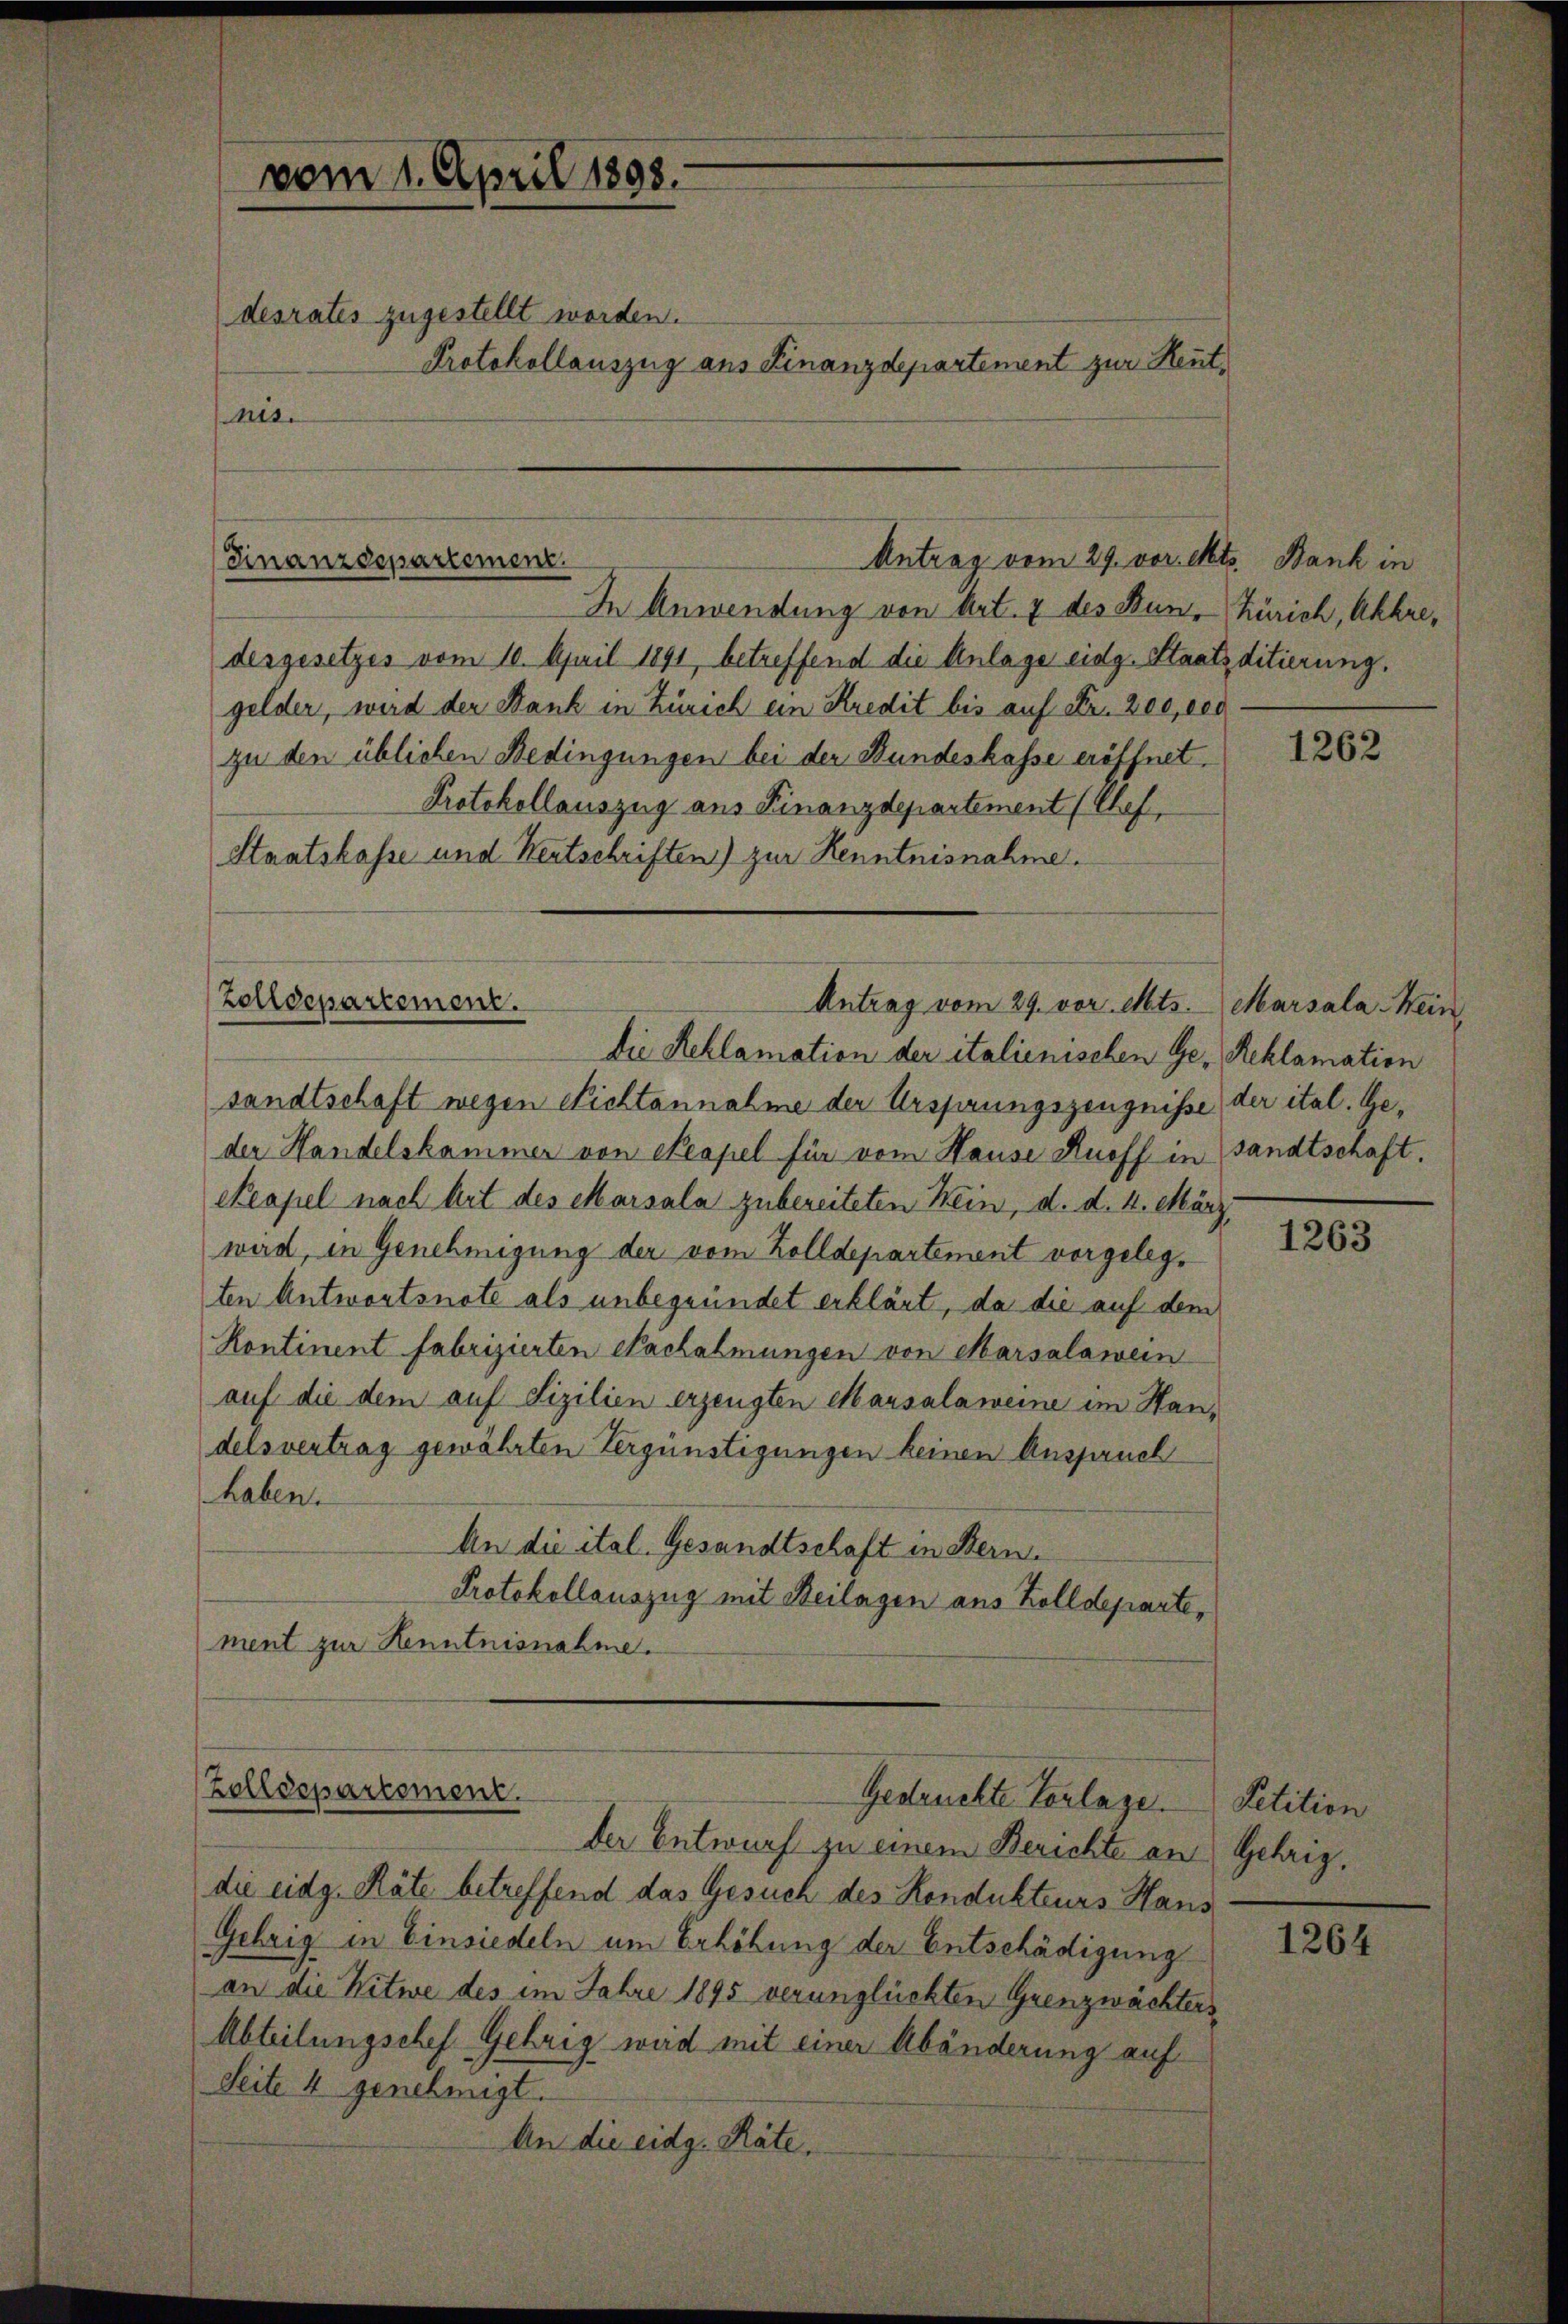
desrates zugestellt worden.
Protokollauszug aus Finanzdepartement zur Heutnis.

Antrag vom 29. vor. Mts. Bank in
Finanzdepartement.

Zolldepartement.
Antrag vom 29. vor. Mts.
Die Reklamation der italienischen Ge- Reklamation

vom 1. April 1898.

In Anwendung von Art. 7 des Bun-Zürich, Akhre,
desgesetzes vom 10. April 1891, betreffend die Anlage eidg. Staatsditierung.
gelder, wird der Bank in Zürich ein Kredit bis auf Fr. Zee, der
zu den üblichen Bedingungen bei der Bundeskasse eröffnet.
Protokollauszug aus Finanzdepartement (Chef,
Staatskasse und Neutschriften) zur Kenntnisnahme.

Zolldepartement.
Gedrückte Vorlage.
der Entwurf zu einem Berichte an Gehrig,

die eidg. Räte betreffend das Gesuch des Kondukteurs Hans
Gebrig in Einsiedeln um Erhöhung der Entschädigung
an die Witwe des im Jahre 1895 verunglückten Grenzwächters
Abteilungschef Gehrig wird mit einer Abänderung auf
Seite 4 genehmigt.
An die eidg. Räte,

sandtschaft wegen Nichtannahme der Ursprungszeugnisse der ital. Geder Handelskammer von Neapel für vom Hause Rueff in sandtschaft,
Reapel nach Art des Marsala zubereiteten Nein, d. d. 4. März
wird, in Genehmigung der vom Zolldepartement vorgelegten Antwortsnote als unbegründet erklärt, da die auf dem
Kontinent fabrizierten Nachahmungen von Marsalawein
auf die dem auf Sizilien erzeugten Marsalaweine im Handelsvertrag gewährten Vergünstigungen keinen Anspruch
haben.
An die ital. Gesandtschaft in Bern.
Protokollauszug mit Beilagen aus Zolldeparte,
ment zur Kenntnisnahme.

Marsala Wein,

1262

1263

Petition

1264